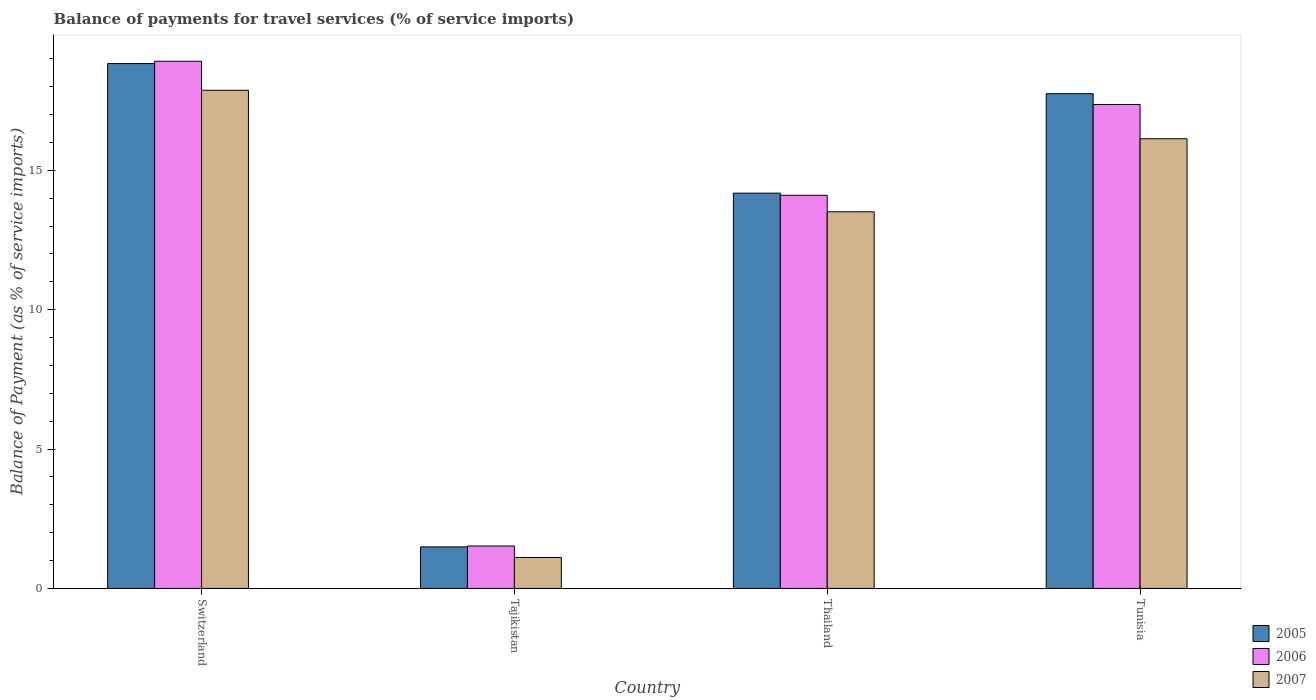
| Country | 2005 | 2006 | 2007 |
 | --- | --- | --- | --- |
 | Switzerland | 18.8 | 18.9 | 17.9 |
 | Tajikistan | 1.49 | 1.52 | 1.11 |
 | Thailand | 14.2 | 14.1 | 13.5 |
 | Tunisia | 17.7 | 17.4 | 16.1 |